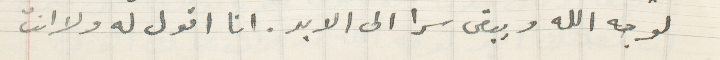
لوجه الله ويبقى سرا الى الابد. انا اقول له ولا انت